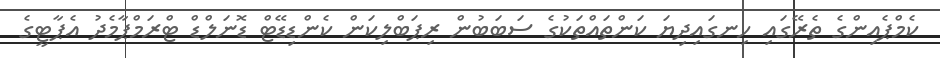
ކެމްޕެއިންގެ ތެރޭގައި ހިނގައިދިޔަ ކަންތައްތަކުގެ ސަބަބުން ރިޕަބްލިކަން ކެންޑިޑޭޓް ޑޮނަލްޑް ޓްރަމްޕާމެދު އެޕާޓީގެ